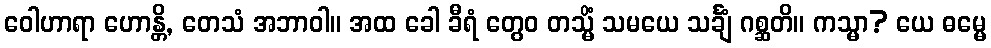
ဝေါဟာရာ ဟောန္တိ, တေသံ အဘာဝါ။ အထ ခေါ ခီရံ တွေဝ တသ္မိံ သမယေ သင်္ချံ ဂစ္ဆတိ။ ကသ္မာ? ယေ ဓမ္မေ